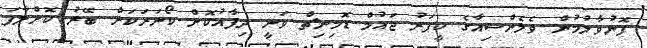
ފޮނުވާލުމުން ވެލެންސިއާގެ ކީޕަރު ޖައުމް ޑޮމިނިޗް ވަނީ ދިފާއުކޮށް ކޯނަރަކަށް ބޭރު ކޮށްލާފަ